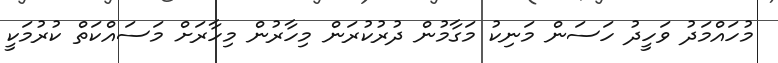
މުހައްމަދު ވަހީދު ހަސަން މަނިކު މަގާމުން ދުރުކުރަން މިހާރުން މިހާރަށް މަސައްކަތް ކުރުމަކީ